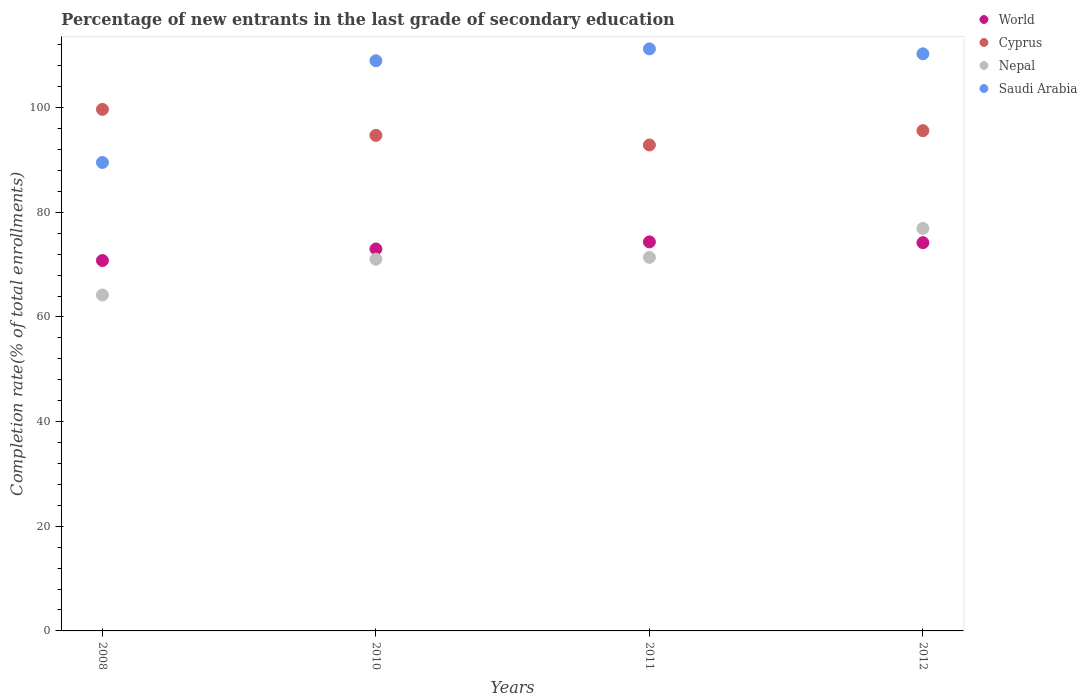
| Years | World | Cyprus | Nepal | Saudi Arabia |
 | --- | --- | --- | --- | --- |
 | 2008 | 70.8 | 99.7 | 64.2 | 89.5 |
 | 2010 | 73 | 94.7 | 71 | 109 |
 | 2011 | 74.4 | 92.9 | 71.4 | 111 |
 | 2012 | 74.2 | 95.6 | 76.9 | 110 |